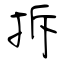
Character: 拆